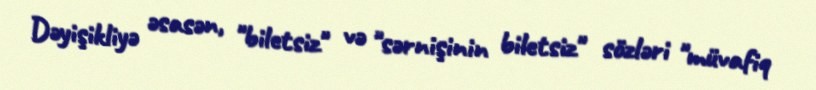
Dəyişikliyə əsasən, "biletsiz" və "sərnişinin biletsiz" sözləri "müvafiq